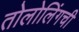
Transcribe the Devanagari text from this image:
तोलोलिंगची